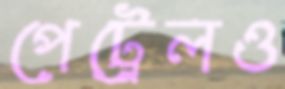
পেট্রেলও